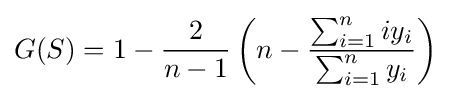
G(S)=1-{\frac {2}{n-1}}\left(n-{\frac {\sum _{i=1}^{n}iy_{i}}{\sum _{i=1}^{n}y_{i}}}\right)